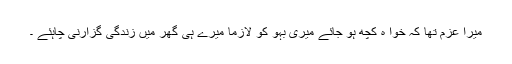
میرا عزم تھا کہ خوا ہ کچھ ہو جائے میری بہو کو لازماً میرے ہی گھر میں زندگی گزارنی چاہئے ۔